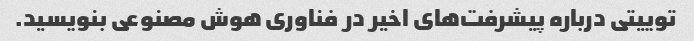
توییتی درباره پیشرفت‌های اخیر در فناوری هوش مصنوعی بنویسید.